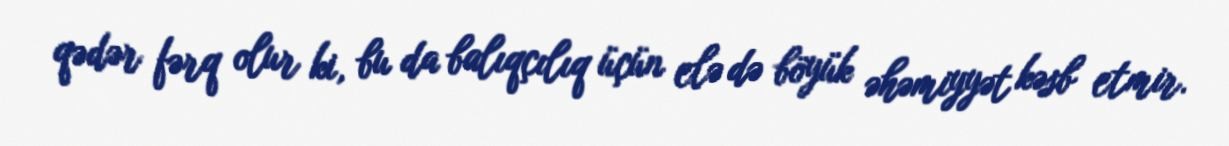
qədər fərq olur ki, bu da balıqçılıq üçün elə də böyük əhəmiyyət kəsb etmir.